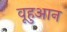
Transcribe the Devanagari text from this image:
वूहुआन